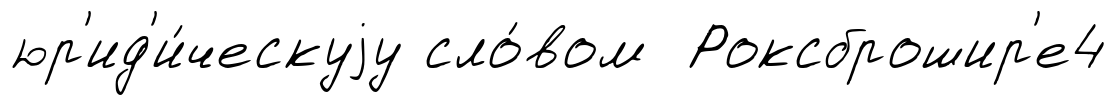
юр'ид'и́ческуjу сло́вом Роксброшир'е4